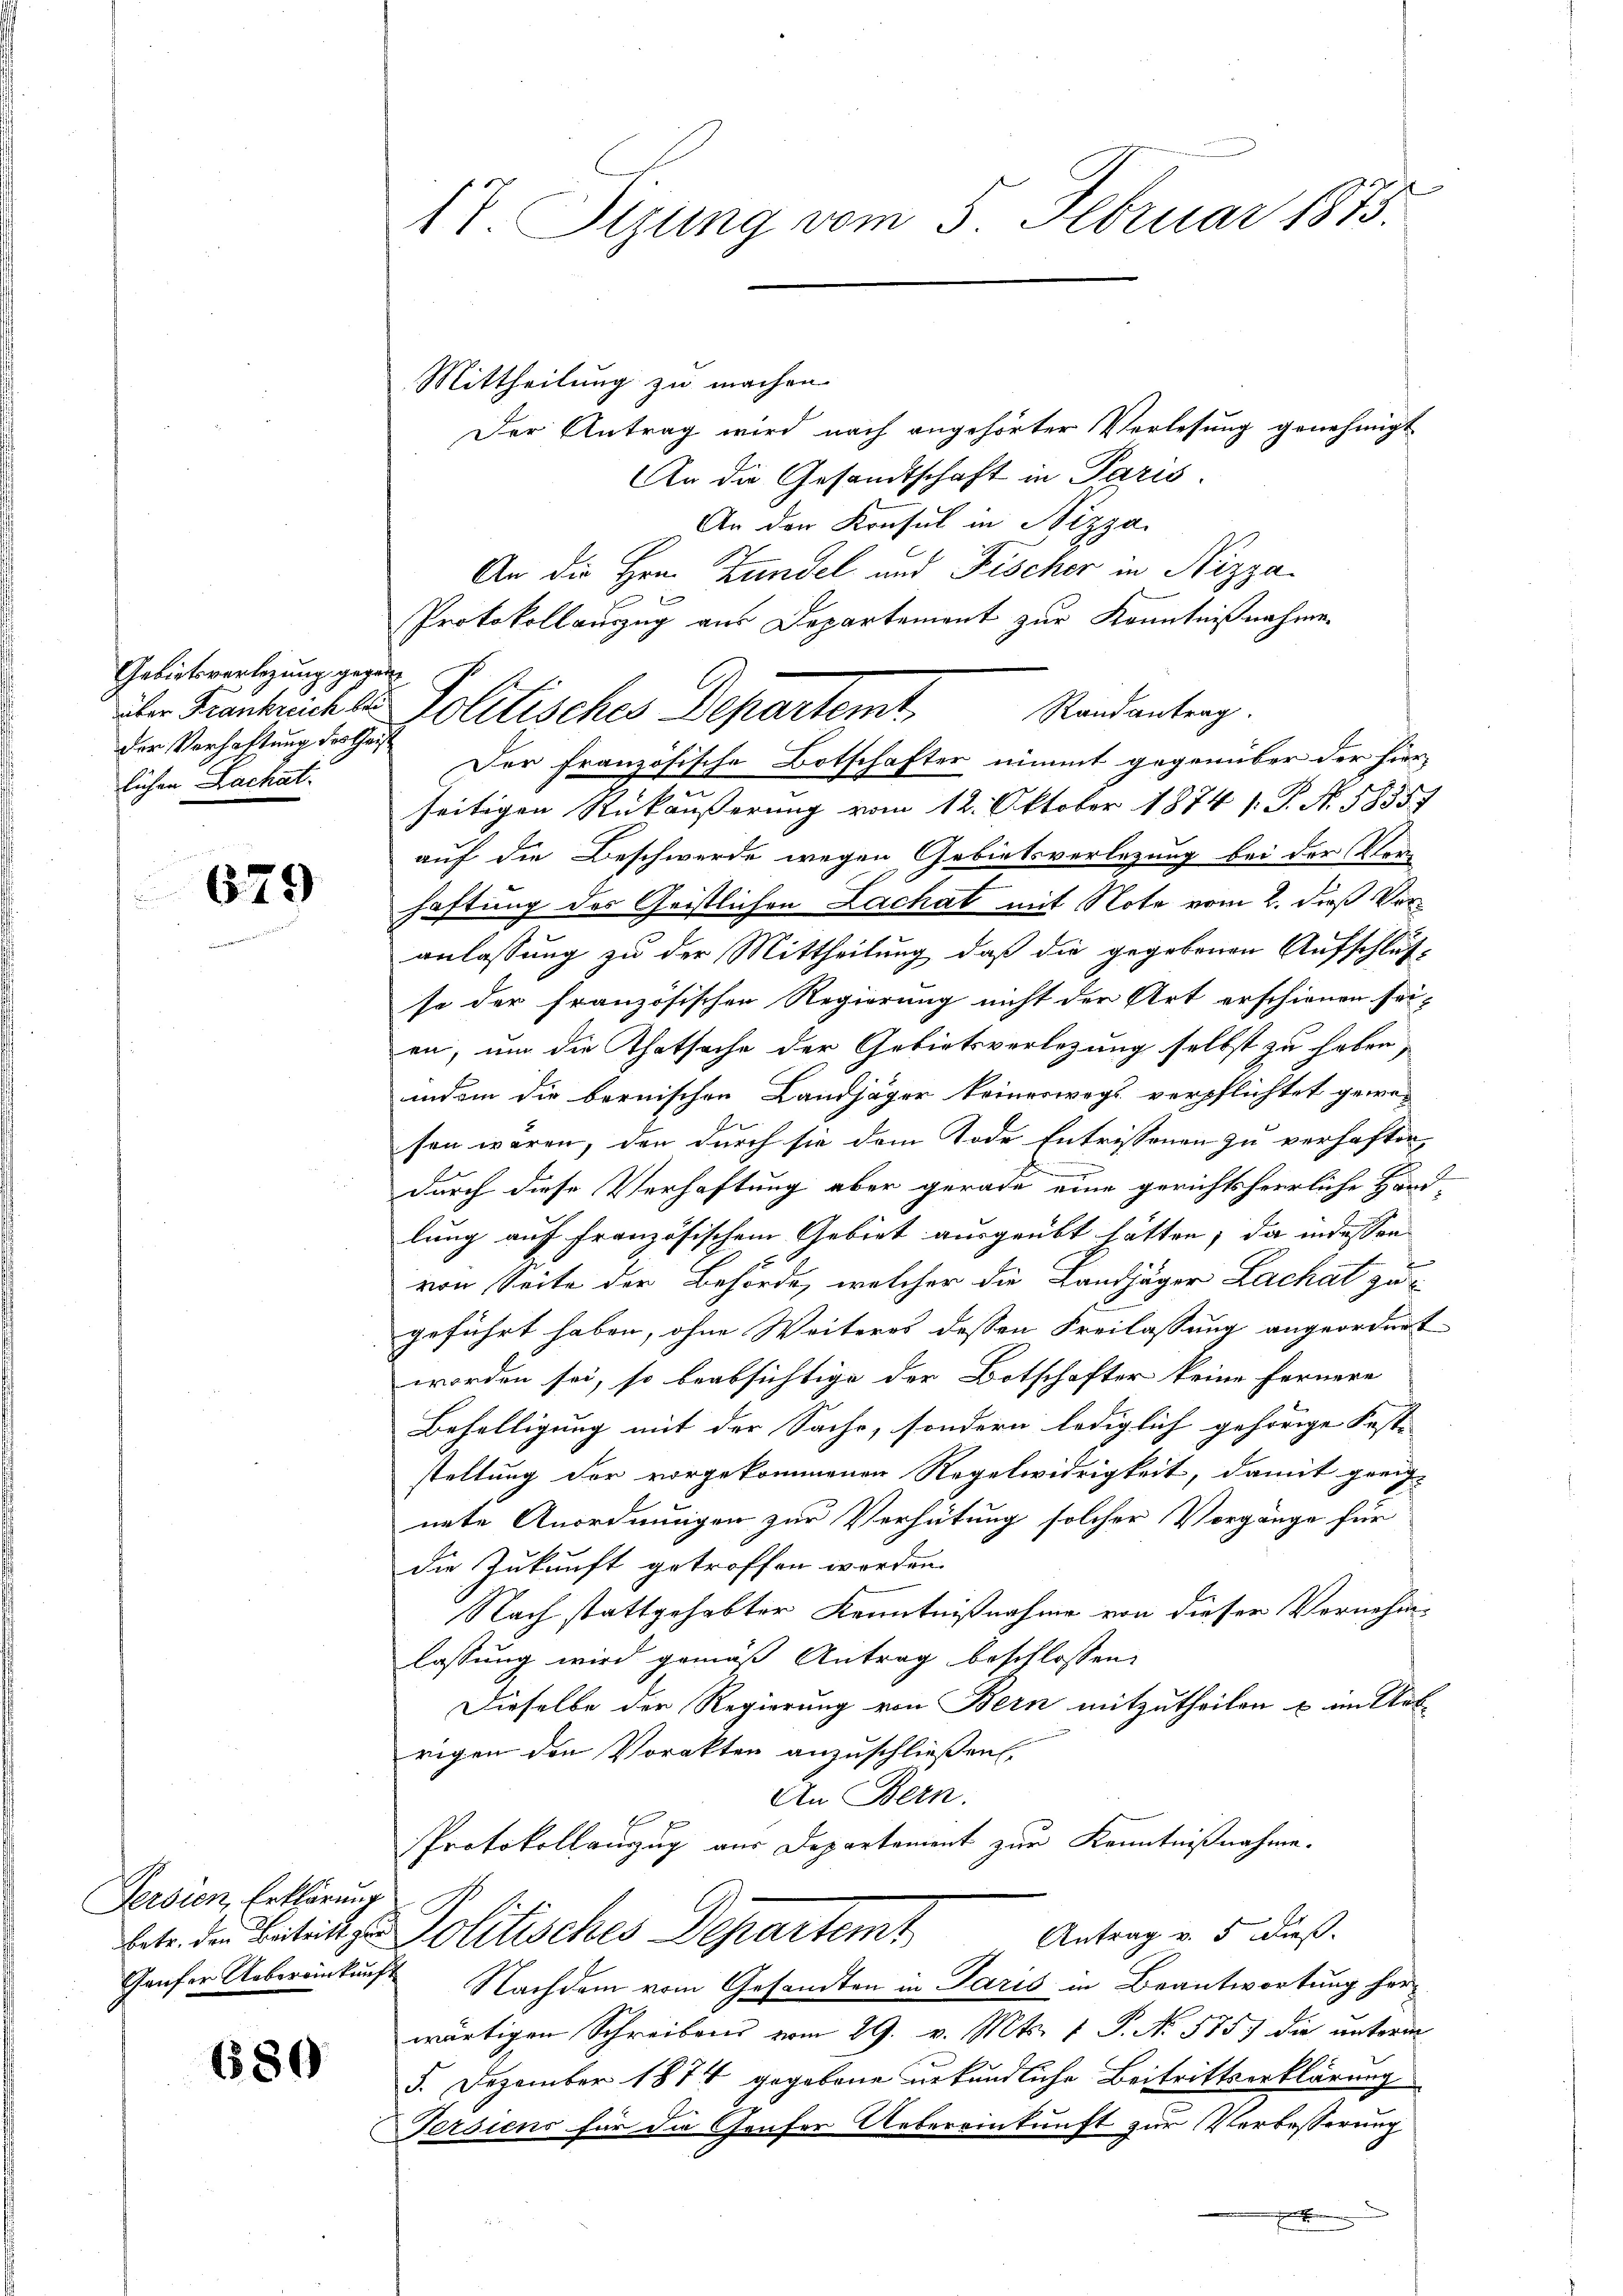
Gebietsverlegung gegen
über Frankreich bei
der Verhaftung des Gest
lichen Lachat.

679

Persion, Erklärung

680

17. Stzung vom 5. Februar 1873.

Mittheilung zu machen.
Der Antrag wird nach angehörter Verlesung genehmigt
An die Gesandtschaft in Paris
An den Konsul in Nizza
An die Hrn. Zundel und Fischer in Nizza
Protokollauszug aus Departement zur Kenntnißnahme.
Randantrag.
Politisches Departemt,
Der französische Botschafter nimmt gegenüber der hier-
seitigen Rückäusserung vom 12. Oktober 1874 s. S. Nr. 58357
auf die Beschwerde wegen Gebietsverletzung bei der Klei-
haftung des Geistlichen Lachat mit Note vom 2. dieß Voranlassung zu der Mittheilung, daß die gegebenen Aufschluß-
so der französischen Regierung nicht der Art erschienen seien, um die Thatsache der Gebietsverlegung selbst zu haben,
indem die bernischen Landjäger keinerwegs verpflichtet gewe-
sen wären, den durch sie dem Tode Entrissenen zu verhaften,
durch diese Verhaftung aber gerade eine gerichtsherrliche Handlung auf französischem Gebiet ausgeübt hätten; da indessen
von Seite der Behörde, welcher die Landjäger Lachat zu
geführt haben, ohne Weiteres dessen Freilassung angeordnet
worden sei, so beabsichtige der Botschafter keine Fernere
Behelligung mit der Sache, sondern lediglich gehörige Fest- |
staltung der vorgekommenen Regelwidrigkeit, damit grenz-
nete Anordnungen zur Verhütung solcher Vorgänge für
die Zukunft getroffen werden.
Nach stattgehabter Kenntnißnahme von dieser Vernehm-
lassung wird gemäß Antrag beschlossen,
Dieselbe der Regierung von Bern mitzutheilen u. im Urt
rigen den Vorakten anzuschließen,
An Bern.
Protokollanzug aus Departement zur Kenntnißnahme.
Antrag v. 5 dieß.
ltr. die Betrin zu Politisches Departemt
Gaufer Uebereinkunft Nachdem vom Gesandten in Paris in Beantwortung herwärtigen Schreibens vom 29. v. Mts. 1 P. No 575. die unterm
5. Dezember 1874 gegebene urkundliche Beitrittserklärung
Tersiens für die Genfer Uebereinkunft zur Verbesserung